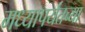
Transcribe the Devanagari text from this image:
मध्यापर्यंतच्या